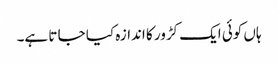
ہاں کوئی ایک کڑور کا اندازہ کیا جا تا ہے۔